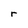
Character: r